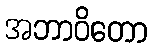
အဘာဝိတော